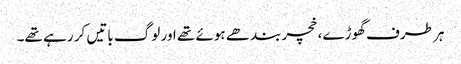
ہر طرف گھوڑے، خچر بندھے ہوئے تھے اور لوگ باتیں کر رہے تھے۔